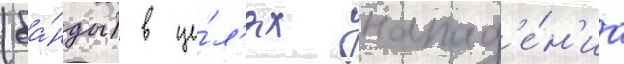
(ба́нды) в це́л'ях напад'е́н'иа